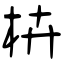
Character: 枿